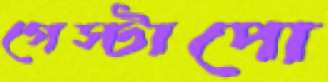
গেস্টাপো